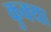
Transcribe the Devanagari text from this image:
कुक्या